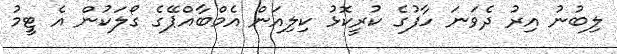
ލިބުނު އިރު ދެވަނަ ހާފުގެ ކުރީކޮޅު ކިލިއަން އެމްބާއްޕޭގެ ގޯލަކުން އެ ޓީމު